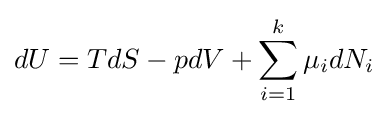
dU=TdS-pdV+\sum _{i=1}^{k}\mu _{i}dN_{i}